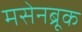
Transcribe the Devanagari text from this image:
मसेनब्रूक